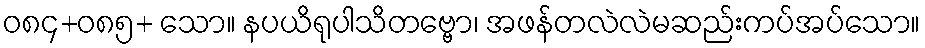
ဝ၈၄+၀၈၅+ သော။ နပယိရုပါသိတဗ္ဗော၊ အဖန်တလဲလဲမဆည်းကပ်အပ်သော။